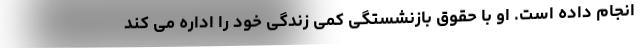
انجام داده است. او با حقوق بازنشستگی کمی زندگی خود را اداره می کند